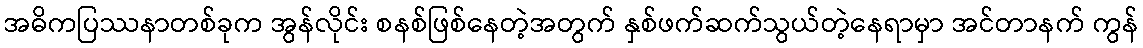
အဓိကပြဿနာတစ်ခုက အွန်လိုင်း စနစ်ဖြစ်နေတဲ့အတွက် နှစ်ဖက်ဆက်သွယ်တဲ့နေရာမှာ အင်တာနက် ကွန်